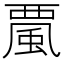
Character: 𩗏